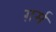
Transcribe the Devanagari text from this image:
ग़र्म